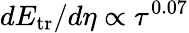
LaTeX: dE_{\mathrm{tr}}/d\eta\propto\tau^{0.07}